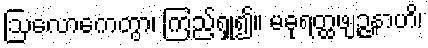
ဩလောကေတွာ၊ ကြည့်ရှု၍။ မဓုရတ္ထဖျဉ္ဇနာဟိ၊